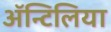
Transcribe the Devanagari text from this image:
अॅन्टिलिया